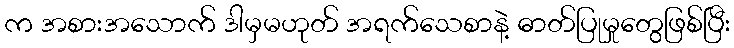
က အစားအသောက် ဒါမှမဟုတ် အရက်သေစာနဲ့ ဓာတ်ပြုမှုတွေဖြစ်ပြီး